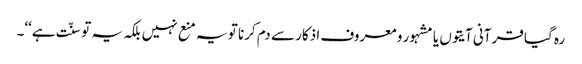
رہ گیا قرآنی آیتوں یا مشہور و معروف اذکار سے دم کرنا تو یہ منع نہیں بلکہ یہ تو سنّت ہے‘‘۔